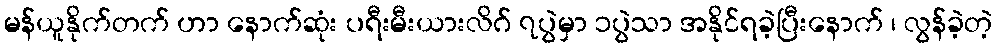
မန်ယူနိုက်တက် ဟာ နောက်ဆုံး ပရီးမီးယားလိဂ် ၇ပွဲမှာ ၁ပွဲသာ အနိုင်ရခဲ့ပြီးနောက် ၊ လွန်ခဲ့တဲ့